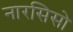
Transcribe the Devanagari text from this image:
नारसिसो